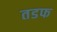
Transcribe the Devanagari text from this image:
तडफ